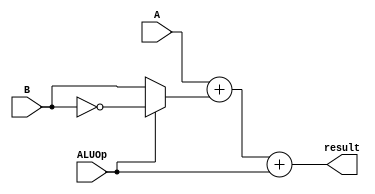
`timescale 1ns / 1ps
//////////////////////////////////////////////////////////////////////////////////
// Company: 
// Engineer: 
// 
// Design Name: 
// Module Name: arithmetic
// Project Name: 
// Target Devices: 
// Tool Versions: 
// Description: 
// 
// Dependencies: 
// 
// Revision:
// Revision 0.01 - File Created
// Additional Comments:
// 
//////////////////////////////////////////////////////////////////////////////////

module arithmetic(input[31:0] A, input[31:0] B, input ALUOp, output[31:0] result);
    wire[31:0] b;
    assign b = ALUOp ? ~B : B; 
    assign result = A + b + ALUOp;
endmodule